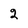
Character: 2